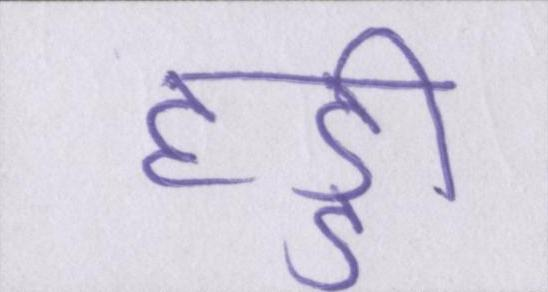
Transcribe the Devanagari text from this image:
हड्डी